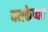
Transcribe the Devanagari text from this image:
यमकेष्वर